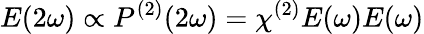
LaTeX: E(2\omega)\propto P^{(2)}(2\omega)=\chi^{(2)}E(\omega)E(\omega)